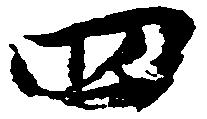
四